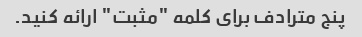
پنج مترادف برای کلمه "مثبت" ارائه کنید.